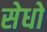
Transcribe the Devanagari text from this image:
सेधो